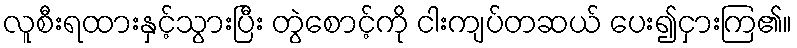
လူစီးရထားနှင့်သွားပြီး တွဲစောင့်ကို ငါးကျပ်တဆယ် ပေး၍ငှားကြ၏။